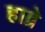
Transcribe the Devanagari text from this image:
हाव्रे